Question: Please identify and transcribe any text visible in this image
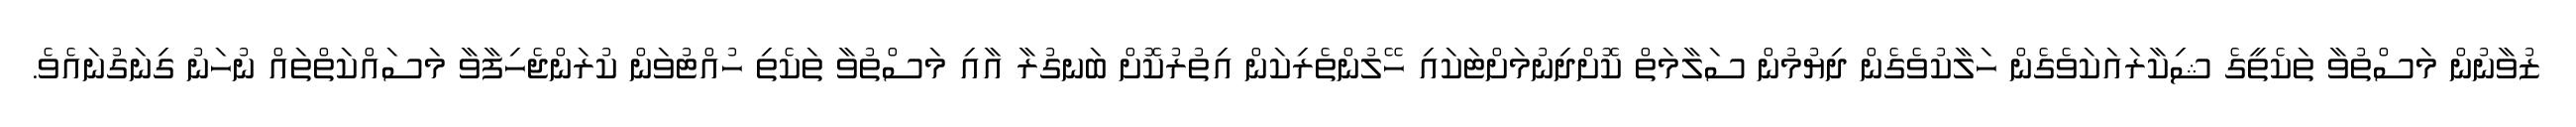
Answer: ޒުވާނުން މަސްތުވާ ތަކެތީގެ ޝިކާރައަކަވެގެން ހަލާކުވެގެން ދިޔުމުން ސަލާމަތް ކޮށްދިނުމަށްޓަކައި ހޭލުންތެރިކަން އިތުރުކޮށް ބަނގުރާ އާއި މަސްތުވާ ތަކެތި ހުއްޓުވަން ކުރަންޖެހިފާވާ މަސައްކަތްތައް ނުހަނު ގިނަގުނައެވެ.